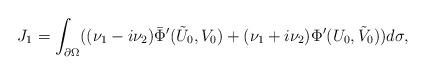
LaTeX: \begin{align*}J_1=\int_{\partial\Omega}((\nu_1-i\nu_2)\bar\Phi'(\tilde U_0,V_0)+(\nu_1+i\nu_2)\Phi'( U_0,\tilde V_0))d\sigma,\end{align*}